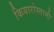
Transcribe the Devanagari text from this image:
कियारोस्तामी